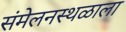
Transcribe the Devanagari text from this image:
संमेलनस्थळाला